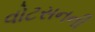
વોટસનની